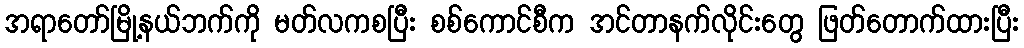
အရာတော်မြို့နယ်ဘက်ကို မတ်လကစပြီး စစ်ကောင်စီက အင်တာနက်လိုင်းတွေ ဖြတ်တောက်ထားပြီး